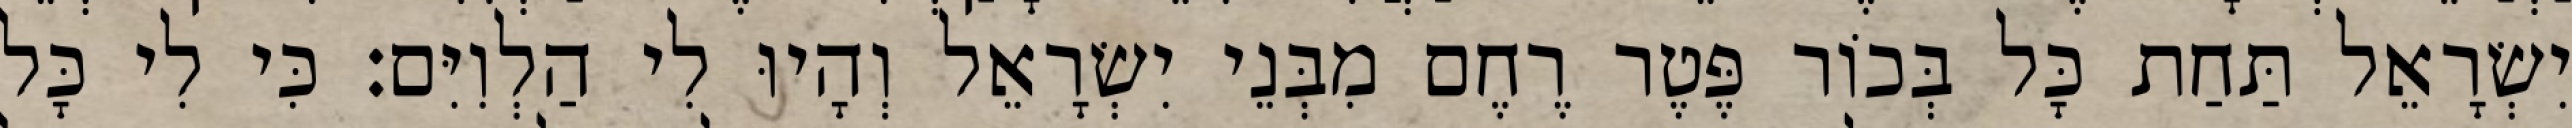
יִשְׂרָאֵל תַּחַת כָּל בְּכוֹר פֶּטֶר רֶחֶם מִבְּנֵי יִשְׂרָאֵל וְהָיוּ לִי הַלְוִיִּם׃ כִּי לִי כָּל